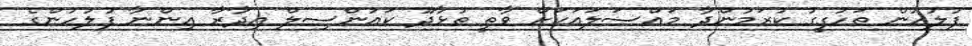
ފުލުހުން ތަހުގީގު ކުރަމުންދާ މައްސަލައަކަަށް ވާތީ ތުޅާދޫ ކައުންސިލް އިދާރާ އިންނާ ފުލުހުންގެ